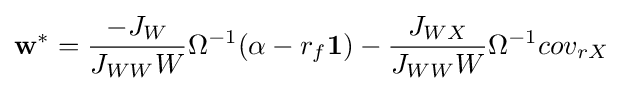
{\mathbf {w} ^{*}}={\frac {-J_{W}}{J_{WW}W}}\Omega ^{-1}(\alpha -r_{f}{\mathbf {1} })-{\frac {J_{WX}}{J_{WW}W}}\Omega ^{-1}cov_{rX}